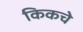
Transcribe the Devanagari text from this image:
किकचे